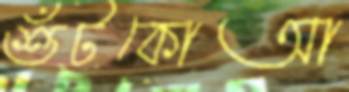
শুঁটকোআ